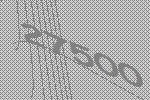
27500